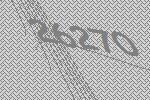
26270